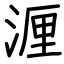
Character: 湹